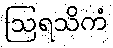
ဩရသိကံ